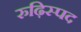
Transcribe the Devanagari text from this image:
रुढ़िस्पद